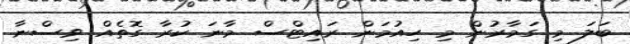
ބަލަ މި ގަމާރުން މި ހިއުމަން ރައިޓްސް މާނަ ކުރާ ގޮތެއް ވިސްނާ